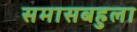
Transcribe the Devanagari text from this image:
समासबहुला